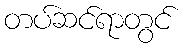
တပ်ဆင်ရာတွင်